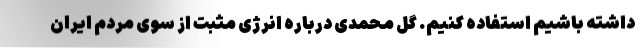
داشته باشیم استفاده کنیم. گل محمدی درباره انرژی مثبت از سوی مردم ایران